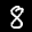
Label: 8